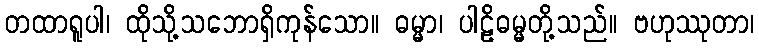
တထာရူပါ၊ ထိုသို့သဘောရှိကုန်သော။ ဓမ္မာ၊ ပါဠိဓမ္မတို့သည်။ ဗဟုဿုတာ၊